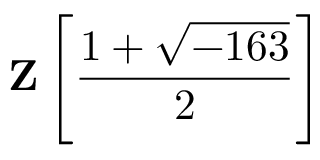
\mathbf { Z } \left[ { \frac { 1 + { \sqrt { - 1 6 3 } } } { 2 } } \right]